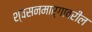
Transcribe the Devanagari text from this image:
श्वसनमार्गावरील